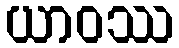
ယာဝဿ